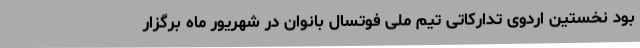
بود نخستین اردوی تدارکاتی تیم ملی فوتسال بانوان در شهریور ماه برگزار